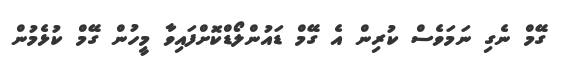
ގޭމް ނެގި ނަމަވެސް ކުރިން އެ ގޭމް ޑައުންލޯޑްކޮށްފައިވާ މީހުން ގޭމް ކުޅެމުން